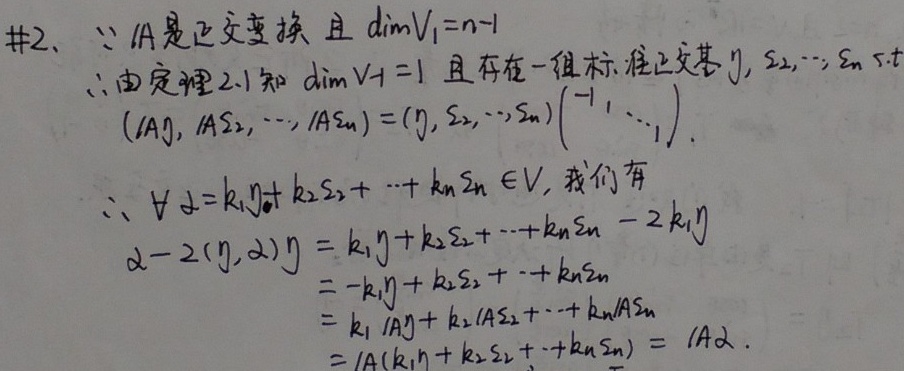
\(\#2、\because A\)是正交变换且\(\dim V_{1}=n - 1\)
\(\therefore\)由定理2.1知\(\dim V^{\perp}=1\)且存在一组标准正交基\(\eta,\xi_{2},\cdots,\xi_{n}\ s.t\)
\((A\eta,A\xi_{2},\cdots,A\xi_{n}) = (\eta,\xi_{2},\cdots,\xi_{n})\begin{pmatrix}-1&&\\&1&\\&&\ddots\\&&&1\end{pmatrix}\).
\(\therefore\ \forall\alpha=k_{1}\eta + k_{2}\xi_{2}+\cdots + k_{n}\xi_{n}\in V\), 我们有
\(\begin{align*}
\alpha - 2(\eta,\alpha)\eta&=k_{1}\eta + k_{2}\xi_{2}+\cdots + k_{n}\xi_{n}-2k_{1}\eta\\
&=-k_{1}\eta + k_{2}\xi_{2}+\cdots + k_{n}\xi_{n}\\
&=k_{1}A\eta + k_{2}A\xi_{2}+\cdots + k_{n}A\xi_{n}\\
&=A(k_{1}\eta + k_{2}\xi_{2}+\cdots + k_{n}\xi_{n})=A\alpha.
\end{align*}\)